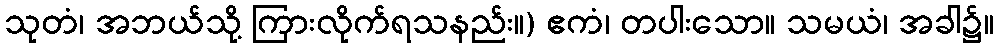
သုတံ၊ အဘယ်သို့ ကြားလိုက်ရသနည်း။) ဧကံ၊ တပါးသော။ သမယံ၊ အခါ၌။